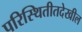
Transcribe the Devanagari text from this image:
परिस्थितीतदेखील